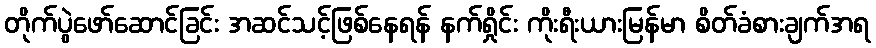
တိုက်ပွဲဖော်ဆောင်ခြင်း အဆင်သင့်ဖြစ်နေရန် နက်ရှိုင်း ကိုးရီးယားမြန်မာ စိတ်ခံစားချက်အရ